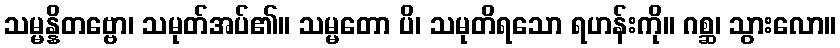
သမ္မန္နိတဗ္ဗော၊ သမုတ်အပ်၏။ သမ္မတော ပိ၊ သမုတိရသော ရဟန်းကို။ ဂစ္ဆ၊ သွားလော။